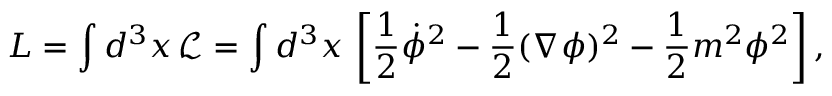
L = \int d ^ { 3 } x \, { \mathcal { L } } = \int d ^ { 3 } x \, \left[ { \frac { 1 } { 2 } } { \dot { \phi } } ^ { 2 } - { \frac { 1 } { 2 } } ( \nabla \phi ) ^ { 2 } - { \frac { 1 } { 2 } } m ^ { 2 } \phi ^ { 2 } \right] ,